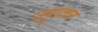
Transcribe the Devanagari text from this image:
उट्टालन